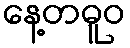
နေ့တဓူဝ